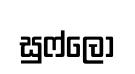
සුෆ්ලෝ